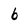
Character: 6